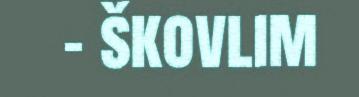
– škovlim